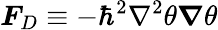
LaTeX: \boldsymbol{F}_{D}\equiv-\hbar^{2}\nabla^{2}\theta\boldsymbol{\nabla}\theta